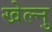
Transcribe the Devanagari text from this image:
खेल्नु